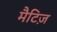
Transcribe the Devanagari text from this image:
मैटिज़